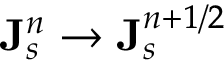
{ \bf J } _ { s } ^ { n } \rightarrow { \bf J } _ { s } ^ { n + 1 / 2 }